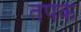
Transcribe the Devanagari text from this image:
तपके